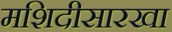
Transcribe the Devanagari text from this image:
मशिदीसारखा